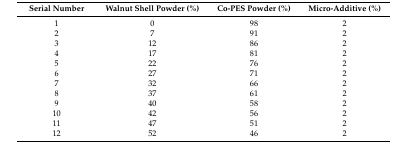
<table><thead><tr><td><b>Serial Number</b></td><td><b>Walnut Shell Powder (%)</b></td><td><b>Co-PES Powder (%)</b></td><td><b>Micro-Additive (%)</b></td></tr></thead><tbody><tr><td>1</td><td>0</td><td>98</td><td>2</td></tr><tr><td>2</td><td>7</td><td>91</td><td>2</td></tr><tr><td>3</td><td>12</td><td>86</td><td>2</td></tr><tr><td>4</td><td>17</td><td>81</td><td>2</td></tr><tr><td>5</td><td>22</td><td>76</td><td>2</td></tr><tr><td>6</td><td>27</td><td>71</td><td>2</td></tr><tr><td>7</td><td>32</td><td>66</td><td>2</td></tr><tr><td>8</td><td>37</td><td>61</td><td>2</td></tr><tr><td>9</td><td>40</td><td>58</td><td>2</td></tr><tr><td>10</td><td>42</td><td>56</td><td>2</td></tr><tr><td>11</td><td>47</td><td>51</td><td>2</td></tr><tr><td>12</td><td>52</td><td>46</td><td>2</td></tr></tbody></table>